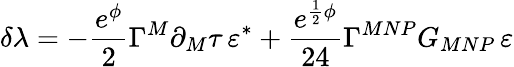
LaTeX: \delta\lambda=-\frac{e^{\phi}}{2}\Gamma^{M}\partial_{M}\tau\, \varepsilon^{*}+\frac{e^{\frac{1}{2}\phi}}{24}\Gamma^{MNP}G_{MNP}\, \varepsilon